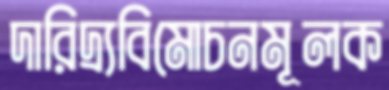
দারিদ্র্যবিমোচনমূলক